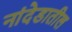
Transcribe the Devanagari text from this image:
नांदेडातील